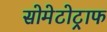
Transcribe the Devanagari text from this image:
सोमेटोट्राफ